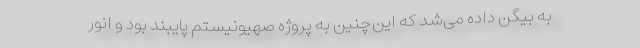
به بیگن داده می‌شد که این‌چنین به پروژه صهیونیستم پایبند بود و انور